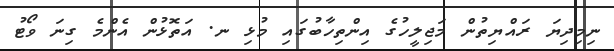
ނިމިދިޔަ ރައްޔިތުން މަޖިލީހުގެ އިންތިހާބުގައި މުޅި ނ. އަތޮޅުން އެންމެ ގިނަ ވޯޓު